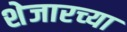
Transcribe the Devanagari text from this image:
शेजारच्‍या